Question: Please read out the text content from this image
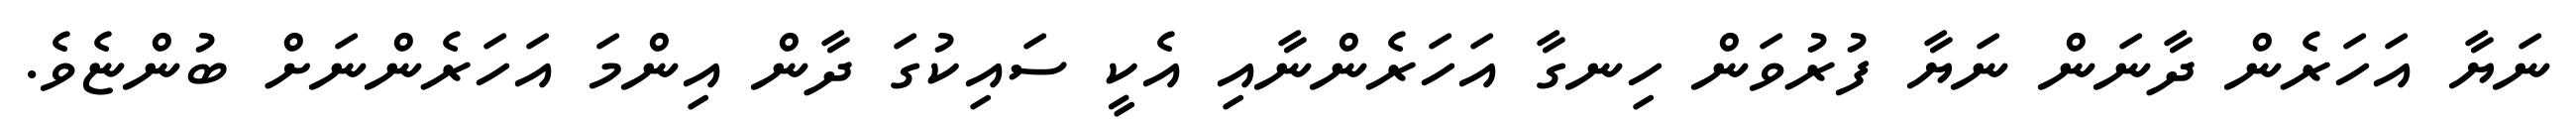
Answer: ނަޔާ އަހަރެން ދާނަން ނަޔާ ފުރުވަން ހިނގާ އަހަރެންނާއި އެކީ ސައިކުގަ ދާން އިންމަ އަހަރެންނަށް ބުންޏެވެ.